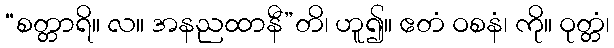
“စတ္တာရိ။ လ။ အနညထာနီ”တိ၊ ဟူ၍။ ဧတံ ဝစနံ၊ ကို။ ဝုတ္တံ၊